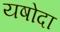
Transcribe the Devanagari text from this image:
यषोदा